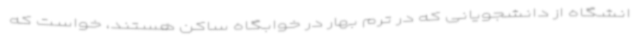
انشگاه از دانشجویانی که در ترم بهار در خوابگاه ساکن هستند، خواست که